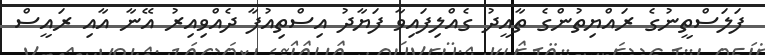
ފަލަސްތީނުގެ ރައްޔިތުންގެ ތާއީދު ގެއްލިފައިވާ ފަޔާދު އިސްތިއުފާ ދެއްވިއިރު އޭނާ އާއި ރައީސް